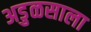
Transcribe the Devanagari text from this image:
अडुळसाला